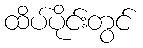
ထိပ်ပိုင်းတွင်